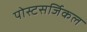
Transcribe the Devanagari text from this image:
पोस्टसर्जिकल